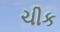
ચીક